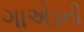
ગાએડની